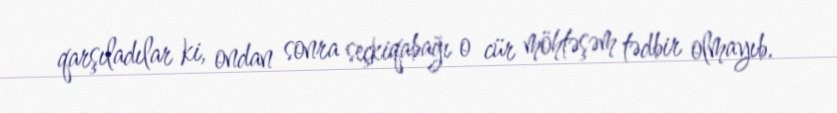
qarşıladılar ki, ondan sonra seçkiqabağı o cür möhtəşəm tədbir olmayıb.